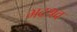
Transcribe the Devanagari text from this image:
भद्रश्रव